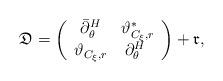
LaTeX: \begin{align*} \mathfrak{D}=\left( \begin{array}{ccc} \bar{\partial}_{\theta}^H & \vartheta^*_{C_{\xi}, r} \\ \vartheta_{C_{\xi}, r} & \partial_{\theta}^H\ \end{array}\right) + \mathfrak{r},\end{align*}